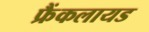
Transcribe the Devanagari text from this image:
फ्रैंकलायड